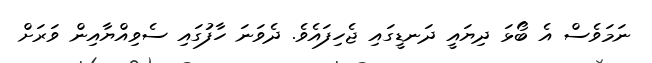
ނަމަވެސް އެ ބޯޅަ ދިޔައީ ދަނޑީގައި ޖެހިފައެވެ. ދެވަނަ ހާފުގައި ސެވިއްޔާއިން ވަރަށް